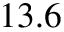
1 3 . 6